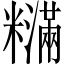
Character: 𬖽